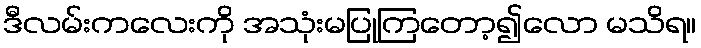
ဒီလမ်းကလေးကို အသုံးမပြုကြတော့၍လော မသိရ။